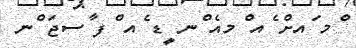
ްމ ައށް ެއ ްމއެ ްނ ީޑ ެއ ްފ ާސޖަ ްނ